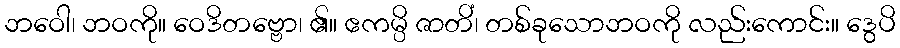
ဘဝေါ၊ ဘဝကို။ ဝေဒိတဗ္ဗော၊ ၏။ ဧကမ္ပိ ဇာတိံ၊ တစ်ခုသောဘဝကို လည်းကောင်း။ ဒွေပိ